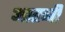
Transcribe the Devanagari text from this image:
आहनी